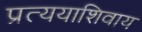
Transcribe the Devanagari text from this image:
प्रत्ययाशिवाय